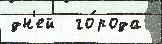
дн'ей  го́рода